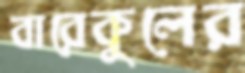
বারেকুলের